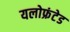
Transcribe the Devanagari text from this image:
यलोफ्रंटेड